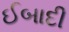
ઈબાદી